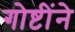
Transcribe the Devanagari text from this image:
गोष्टींने